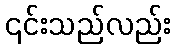
၎င်းသည်လည်း